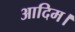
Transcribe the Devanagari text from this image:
आदिम।